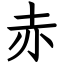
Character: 赤